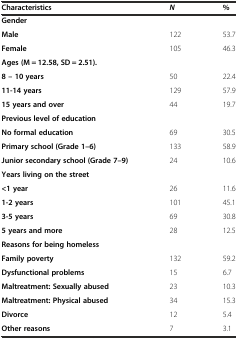
<table><thead><tr><td><b>Characteristics</b></td><td><b><i>N</i></b></td><td><b>%</b></td></tr></thead><tbody><tr><td><b>Gender</b></td><td></td><td></td></tr><tr><td><b>Male</b></td><td>122</td><td>53.7</td></tr><tr><td><b>Female</b></td><td>105</td><td>46.3</td></tr><tr><td><b>Ages (M = 12.58, SD = 2.51).</b></td><td></td><td></td></tr><tr><td><b>8 – 10 years</b></td><td>50</td><td>22.4</td></tr><tr><td><b>11-14 years</b></td><td>129</td><td>57.9</td></tr><tr><td><b>15 years and over</b></td><td>44</td><td>19.7</td></tr><tr><td><b>Previous level of education</b></td><td></td><td></td></tr><tr><td><b>No formal education</b></td><td>69</td><td>30.5</td></tr><tr><td><b>Primary school (Grade 1–6)</b></td><td>133</td><td>58.9</td></tr><tr><td><b>Junior secondary school (Grade 7–9)</b></td><td>24</td><td>10.6</td></tr><tr><td><b>Years living on the street</b></td><td></td><td></td></tr><tr><td><b>&lt;1 year</b></td><td>26</td><td>11.6</td></tr><tr><td><b>1-2 years</b></td><td>101</td><td>45.1</td></tr><tr><td><b>3-5 years</b></td><td>69</td><td>30.8</td></tr><tr><td><b>5 years and more</b></td><td>28</td><td>12.5</td></tr><tr><td><b>Reasons for being homeless</b></td><td></td><td></td></tr><tr><td><b>Family poverty</b></td><td>132</td><td>59.2</td></tr><tr><td><b>Dysfunctional problems</b></td><td>15</td><td>6.7</td></tr><tr><td><b>Maltreatment: Sexually abused</b></td><td>23</td><td>10.3</td></tr><tr><td><b>Maltreatment: Physical abused</b></td><td>34</td><td>15.3</td></tr><tr><td><b>Divorce</b></td><td>12</td><td>5.4</td></tr><tr><td><b>Other reasons</b></td><td>7</td><td>3.1</td></tr></tbody></table>